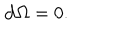
{ \bf d } \Omega = 0 .